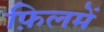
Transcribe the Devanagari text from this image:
फ़िलमें